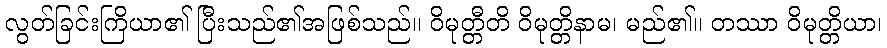
လွတ်ခြင်းကြိယာ၏ ပြီးသည်၏အဖြစ်သည်။ ဝိမုတ္တီတိ ဝိမုတ္တိနာမ၊ မည်၏။ တဿာ ဝိမုတ္တိယာ၊